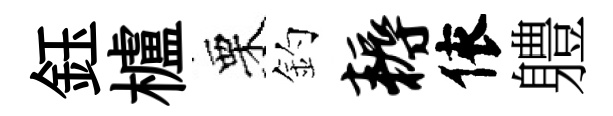
鈺櫨栗釣耨依軆